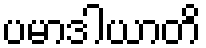
ပမာဒါယာတိ